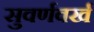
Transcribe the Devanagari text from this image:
सुवर्णवर्ख